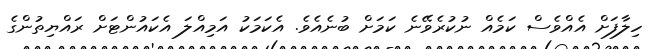
ހިލާފަށް އެއްވެސް ކަމެއް ނުކުރެވޭނެ ކަމަށް ބުނެއެވެ. އެކަމަކު އަމިއްލަ އެކައުންޓަށް ރައްޔިތުންގެ